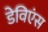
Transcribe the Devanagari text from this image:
डेविएंस